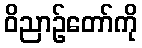
ဝိညာဉ်တော်ကို